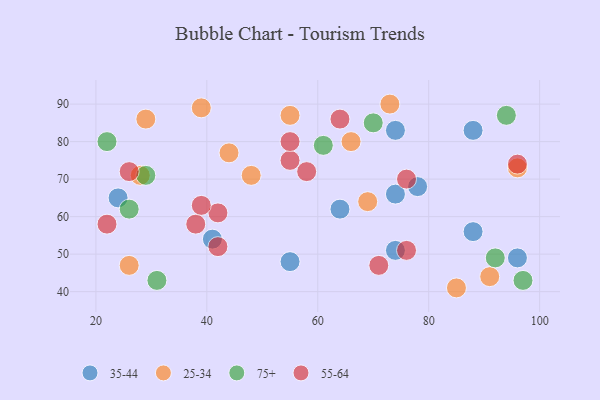
{"axis": {"x": "GDP", "y": "Life Expectancy"}, "legend": ["25-34", "35-44", "55-64", "75+"], "data": [{"x": "24", "y": 65, "type": "35-44"}, {"x": "88", "y": 83, "type": "35-44"}, {"x": "88", "y": 56, "type": "35-44"}, {"x": "96", "y": 49, "type": "35-44"}, {"x": "74", "y": 66, "type": "35-44"}, {"x": "64", "y": 62, "type": "35-44"}, {"x": "74", "y": 51, "type": "35-44"}, {"x": "78", "y": 68, "type": "35-44"}, {"x": "41", "y": 54, "type": "35-44"}, {"x": "55", "y": 48, "type": "35-44"}, {"x": "74", "y": 83, "type": "35-44"}, {"x": "85", "y": 41, "type": "25-34"}, {"x": "73", "y": 90, "type": "25-34"}, {"x": "29", "y": 86, "type": "25-34"}, {"x": "26", "y": 47, "type": "25-34"}, {"x": "66", "y": 80, "type": "25-34"}, {"x": "39", "y": 89, "type": "25-34"}, {"x": "44", "y": 77, "type": "25-34"}, {"x": "48", "y": 71, "type": "25-34"}, {"x": "69", "y": 64, "type": "25-34"}, {"x": "91", "y": 44, "type": "25-34"}, {"x": "55", "y": 87, "type": "25-34"}, {"x": "96", "y": 73, "type": "25-34"}, {"x": "28", "y": 71, "type": "25-34"}, {"x": "22", "y": 80, "type": "75+"}, {"x": "70", "y": 85, "type": "75+"}, {"x": "92", "y": 49, "type": "75+"}, {"x": "97", "y": 43, "type": "75+"}, {"x": "94", "y": 87, "type": "75+"}, {"x": "61", "y": 79, "type": "75+"}, {"x": "29", "y": 71, "type": "75+"}, {"x": "31", "y": 43, "type": "75+"}, {"x": "26", "y": 62, "type": "75+"}, {"x": "55", "y": 75, "type": "55-64"}, {"x": "22", "y": 58, "type": "55-64"}, {"x": "38", "y": 58, "type": "55-64"}, {"x": "58", "y": 72, "type": "55-64"}, {"x": "26", "y": 72, "type": "55-64"}, {"x": "71", "y": 47, "type": "55-64"}, {"x": "76", "y": 51, "type": "55-64"}, {"x": "55", "y": 80, "type": "55-64"}, {"x": "96", "y": 74, "type": "55-64"}, {"x": "42", "y": 61, "type": "55-64"}, {"x": "76", "y": 70, "type": "55-64"}, {"x": "42", "y": 52, "type": "55-64"}, {"x": "39", "y": 63, "type": "55-64"}, {"x": "64", "y": 86, "type": "55-64"}]}